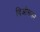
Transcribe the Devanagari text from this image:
दिओससन